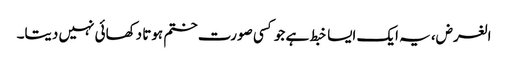
الغرض، یہ ایک ایسا خبط ہے جو کسی صورت ختم ہوتا دکھائی نہیں دیتا۔